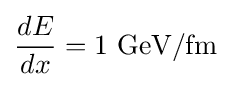
{\frac {dE}{dx}}=1~{\text{GeV/fm}}